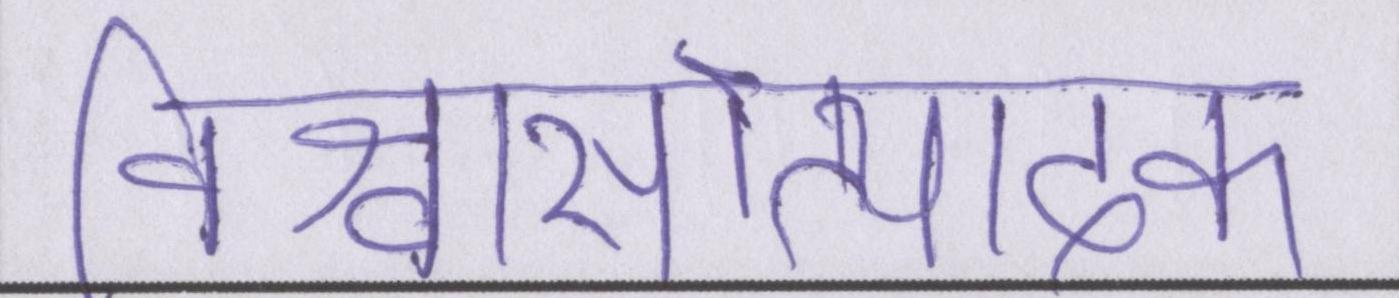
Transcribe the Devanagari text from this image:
विश्वासोत्पादक